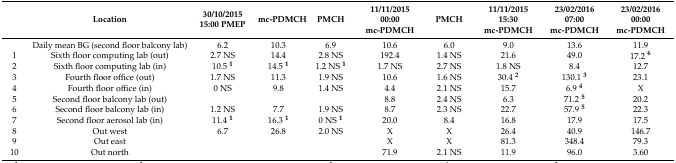
<table><thead><tr><td></td><td><b>Location</b></td><td><b>30/10/2015 15:00 PMEP</b></td><td><b>mc-PDMCH</b></td><td><b>PMCH</b></td><td><b>11/11/2015 00:00 mc-PDMCH </b></td><td><b>PMCH</b></td><td><b>11/11/2015 15:30 mc-PDMCH</b></td><td><b>23/02/2016 07:00 mc-PDMCH</b></td><td><b>23/02/2016 00:00 mc-PDMCH</b></td></tr></thead><tbody><tr><td></td><td>Daily mean BG (second floor balcony lab)</td><td>6.2</td><td>10.3</td><td>6.9</td><td>10.6</td><td>6.0</td><td>9.0</td><td>13.6</td><td>11.9</td></tr><tr><td>1</td><td>Sixth floor computing lab (out)</td><td>2.7 NS</td><td>14.4</td><td>2.8 NS</td><td>192.4</td><td>1.4 NS</td><td>21.6</td><td>49.0</td><td>17.2 <b><sup>6</sup></b></td></tr><tr><td>2</td><td>Sixth floor computing lab (in)</td><td>10.5 <b><sup>1</sup></b></td><td>14.5 <b><sup>1</sup></b></td><td>1.2 NS <b><sup>1</sup></b></td><td>1.7 NS</td><td>2.7 NS</td><td>1.8 NS</td><td>8.4 </td><td>12.7</td></tr><tr><td>3</td><td>Fourth floor office (out)</td><td>1.7 NS</td><td>11.3</td><td>1.9 NS</td><td>10.6</td><td>1.6 NS</td><td>30.4 <b><sup>2</sup></b></td><td>130.1 <b><sup>3</sup></b></td><td>23.1</td></tr><tr><td>4</td><td>Fourth floor office (in)</td><td>0 NS</td><td>9.8</td><td>1.4 NS</td><td>4.4</td><td>2.1 NS</td><td>15.7</td><td>6.9 <b><sup>4</sup></b></td><td>X</td></tr><tr><td>5</td><td>Second floor balcony lab (out)</td><td></td><td></td><td></td><td>8.8</td><td>2.4 NS</td><td>6.3</td><td>71.2 <b><sup>5</sup></b></td><td>20.2</td></tr><tr><td>6</td><td>Second floor balcony lab (in)</td><td>1.2 NS</td><td>7.7</td><td>1.9 NS</td><td>8.7</td><td>2.3 NS</td><td>22.7</td><td>57.9 <b><sup>5</sup></b></td><td>22.3</td></tr><tr><td>7</td><td>Second floor aerosol lab (in)</td><td>11.4 <b><sup>1</sup></b></td><td>16.3 <b><sup>1</sup></b></td><td>0 NS <b><sup>1</sup></b></td><td>20.0</td><td>8.4</td><td>16.8</td><td>17.9</td><td>17.5</td></tr><tr><td>8</td><td>Out west </td><td>6.7</td><td>26.8</td><td>2.0 NS</td><td>X</td><td>X</td><td>26.4</td><td>40.9</td><td>146.7</td></tr><tr><td>9</td><td>Out east</td><td></td><td></td><td></td><td>X</td><td>X</td><td>81.3</td><td>348.4</td><td>79.3</td></tr><tr><td>10</td><td>Out north</td><td></td><td></td><td></td><td>71.9</td><td>2.1 NS</td><td>11.9</td><td>96.0</td><td>3.60</td></tr></tbody></table>